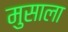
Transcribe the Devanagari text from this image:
मुसाला